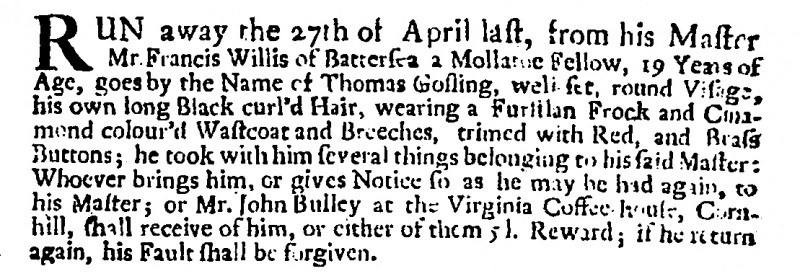
Post Boy (1695), 7 May 1715 (England)
RUN away the 27th of April last, from his Master Mr Francis Willis of Battersea, a Mollatoe Fellow about 19 Years of Age, goes by the Name of Thomas Gosling, well set, round Visage, his own long Black curl’d Hair, wearing a Fustian Frock and a Cinamond colour’d Wastcoat and Breeches, trimed with Red, and Brass Buttons; he took with him several things belonging to his said Master: Whoever brings him, or gives Notice so as he may be had again, to his Master; or to Mr John Bulley at the Virginia Coffee house, Cornhill, shall receive of him, or either of them 5 l. Reward; if he return again, his Fault shall be forgiven.